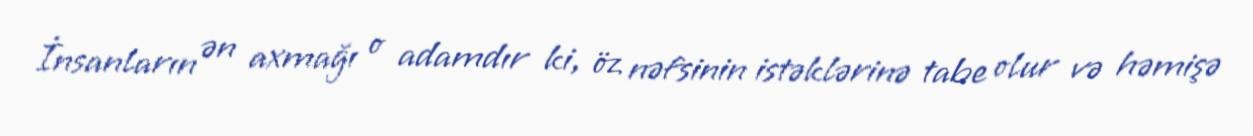
İnsanların ən axmağı o adamdır ki, öz nəfsinin istəklərinə tabe olur və həmişə